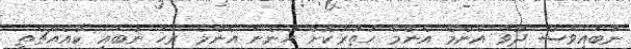
ނުބައިވަސް ދުވާ އެންމެ އެންމެ ހުތުރުކޮށް ހުންނަ އެންމެ ރަހަ ނުބައި ކާއެއްޗެތި